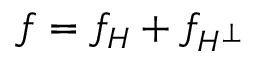
f = f _ { H } + f _ { H ^ { \bot } }